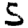
Digit: 5